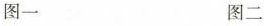
图一 图二